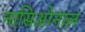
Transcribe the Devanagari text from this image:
नासिओनाल